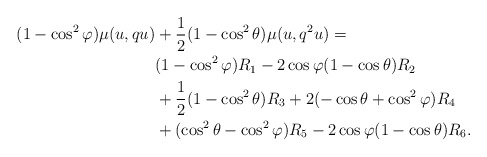
\begin{align*} (1-\cos^{2}\varphi)\mu(u,qu)&+\frac{1}{2}(1-\cos^{2}\theta)\mu(u,q^{2}u)=\\&(1-\cos^{2}\varphi)R_{1} -2\cos\varphi(1-\cos\theta)R_{2}\\&+\frac{1}{2}(1-\cos^{2}\theta)R_{3}+2(-\cos\theta+\cos^{2}\varphi)R_{4}\\&+(\cos^{2}\theta-\cos^{2}\varphi)R_{5}-2\cos\varphi(1-\cos\theta)R_{6}. \end{align*}